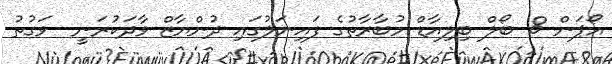
އޯޕަން 8 ބޯލް ބިލިއާޑް މުބާރާތުގެ ފައިނަލުގައި ދުންޔާޒް ވާދަކުރަނީ  ވަގުތު